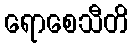
ရောစေသီတိ